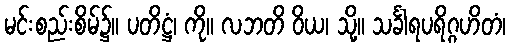
မင်းစည်းစိမ်၌။ ပတိဋ္ဌံ၊ ကို။ လဘတိ ဝိယ၊ သို့။ သင်္ခါရပရိဂ္ဂဟိတံ၊